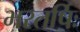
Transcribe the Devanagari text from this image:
भरतर्षिः